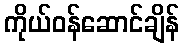
ကိုယ်ဝန်ဆောင်ချိန်